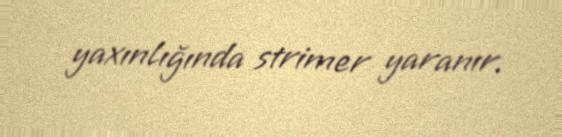
yaxınlığında strimer yaranır.